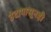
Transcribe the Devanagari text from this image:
उंटापासूनही